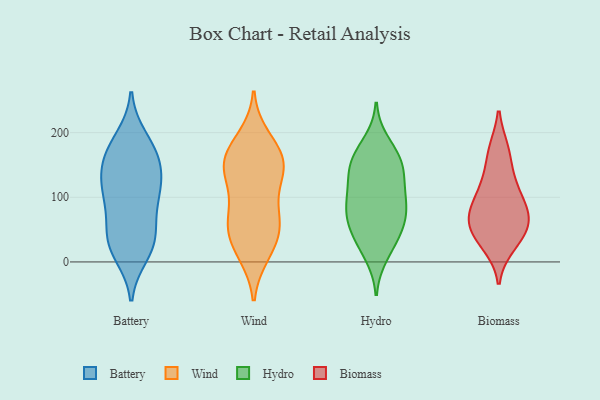
{"axis": {"x": "Gross Profit (USD K)", "y": "Value"}, "legend": ["Battery", "Biomass", "Hydro", "Wind"], "data": [{"x": "", "y": 39, "type": "Battery"}, {"x": "", "y": 91, "type": "Battery"}, {"x": "", "y": 111, "type": "Battery"}, {"x": "", "y": 178, "type": "Battery"}, {"x": "", "y": 173, "type": "Battery"}, {"x": "", "y": 19, "type": "Battery"}, {"x": "", "y": 110, "type": "Battery"}, {"x": "", "y": 101, "type": "Battery"}, {"x": "", "y": 34, "type": "Battery"}, {"x": "", "y": 61, "type": "Battery"}, {"x": "", "y": 143, "type": "Battery"}, {"x": "", "y": 155, "type": "Battery"}, {"x": "", "y": 33, "type": "Battery"}, {"x": "", "y": 191, "type": "Battery"}, {"x": "", "y": 125, "type": "Battery"}, {"x": "", "y": 12, "type": "Battery"}, {"x": "", "y": 153, "type": "Battery"}, {"x": "", "y": 48, "type": "Wind"}, {"x": "", "y": 152, "type": "Wind"}, {"x": "", "y": 118, "type": "Wind"}, {"x": "", "y": 38, "type": "Wind"}, {"x": "", "y": 152, "type": "Wind"}, {"x": "", "y": 143, "type": "Wind"}, {"x": "", "y": 180, "type": "Wind"}, {"x": "", "y": 84, "type": "Wind"}, {"x": "", "y": 192, "type": "Wind"}, {"x": "", "y": 71, "type": "Wind"}, {"x": "", "y": 61, "type": "Wind"}, {"x": "", "y": 12, "type": "Wind"}, {"x": "", "y": 14, "type": "Wind"}, {"x": "", "y": 54, "type": "Wind"}, {"x": "", "y": 163, "type": "Wind"}, {"x": "", "y": 155, "type": "Wind"}, {"x": "", "y": 131, "type": "Wind"}, {"x": "", "y": 162, "type": "Hydro"}, {"x": "", "y": 87, "type": "Hydro"}, {"x": "", "y": 98, "type": "Hydro"}, {"x": "", "y": 10, "type": "Hydro"}, {"x": "", "y": 51, "type": "Hydro"}, {"x": "", "y": 63, "type": "Hydro"}, {"x": "", "y": 22, "type": "Hydro"}, {"x": "", "y": 72, "type": "Hydro"}, {"x": "", "y": 132, "type": "Hydro"}, {"x": "", "y": 38, "type": "Hydro"}, {"x": "", "y": 85, "type": "Hydro"}, {"x": "", "y": 147, "type": "Hydro"}, {"x": "", "y": 168, "type": "Hydro"}, {"x": "", "y": 153, "type": "Hydro"}, {"x": "", "y": 140, "type": "Hydro"}, {"x": "", "y": 99, "type": "Hydro"}, {"x": "", "y": 185, "type": "Hydro"}, {"x": "", "y": 117, "type": "Hydro"}, {"x": "", "y": 56, "type": "Hydro"}, {"x": "", "y": 30, "type": "Biomass"}, {"x": "", "y": 87, "type": "Biomass"}, {"x": "", "y": 48, "type": "Biomass"}, {"x": "", "y": 52, "type": "Biomass"}, {"x": "", "y": 82, "type": "Biomass"}, {"x": "", "y": 73, "type": "Biomass"}, {"x": "", "y": 68, "type": "Biomass"}, {"x": "", "y": 55, "type": "Biomass"}, {"x": "", "y": 104, "type": "Biomass"}, {"x": "", "y": 173, "type": "Biomass"}, {"x": "", "y": 133, "type": "Biomass"}, {"x": "", "y": 26, "type": "Biomass"}, {"x": "", "y": 173, "type": "Biomass"}, {"x": "", "y": 120, "type": "Biomass"}]}